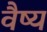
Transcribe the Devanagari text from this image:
वैष्य